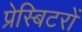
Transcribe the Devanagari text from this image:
प्रेस्बिटरों